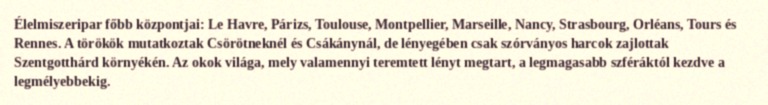
Élelmiszeripar főbb központjai: Le Havre, Párizs, Toulouse, Montpellier, Marseille, Nancy, Strasbourg, Orléans, Tours és Rennes. A törökök mutatkoztak Csörötneknél és Csákánynál, de lényegében csak szórványos harcok zajlottak Szentgotthárd környékén. Az okok világa, mely valamennyi teremtett lényt megtart, a legmagasabb szféráktól kezdve a legmélyebbekig.